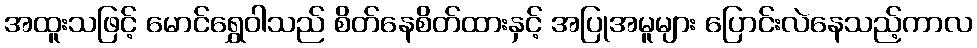
အထူးသဖြင့် မောင်ရွှေဝါသည် စိတ်နေစိတ်ထားနှင့် အပြုအမူများ ပြောင်းလဲနေသည့်ကာလ